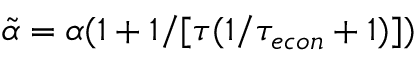
\tilde { \alpha } = \alpha ( 1 + 1 / [ \tau ( { 1 / { \tau _ { e c o n } } } + 1 ) ] )